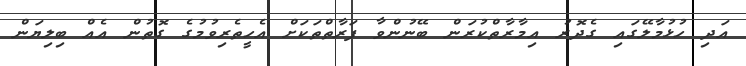
އަދި ހުޅުމާލޭގައި ގެދޮރު އިމާރާތްކުރަން ބޭނުންވާ ފަރާތްތަކަށް އެހީތެރިވުމުގެ ގޮތުން އެއް ބިލިޔަން